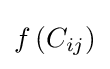
f\left({C_{ij}}\right)